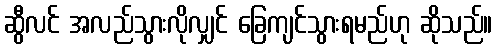
ဆွီလင် အလည်သွားလိုလျှင် ခြေကျင်သွားရမည်ဟု ဆိုသည်။